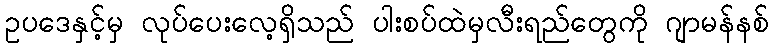
ဥပဒေနှင့်မှ လုပ်ပေးလေ့ရှိသည် ပါးစပ်ထဲမှလီးရည်တွေကို ဂျာမန်နစ်